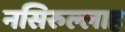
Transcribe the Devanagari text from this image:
नसिरुल्लाह